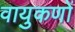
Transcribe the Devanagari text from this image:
वायुकणों